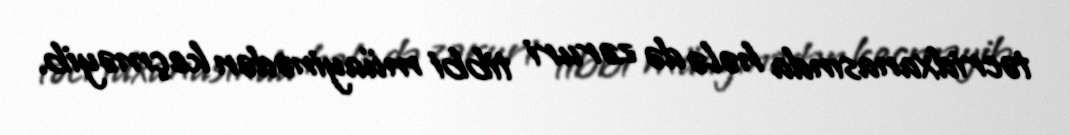
təcridxanasında hələ də zəruri tibbi müayinədən keçməyib.